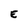
Character: E